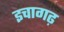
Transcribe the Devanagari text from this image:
इचागढ़